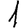
Digit: 1